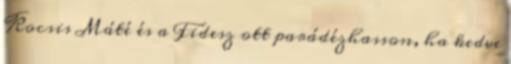
Kocsis Máté és a Fidesz ott parádézhasson, ha kedve